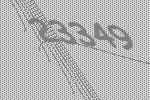
23349